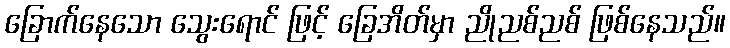
ခြောက်နေသော သွေးရောင် ဖြင့် ခြေအိတ်မှာ ညိုညစ်ညစ် ဖြစ်နေသည်။